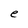
Character: e